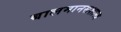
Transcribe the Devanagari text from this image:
बालमानसशास्त्र